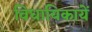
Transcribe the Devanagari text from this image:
विधायिकायें